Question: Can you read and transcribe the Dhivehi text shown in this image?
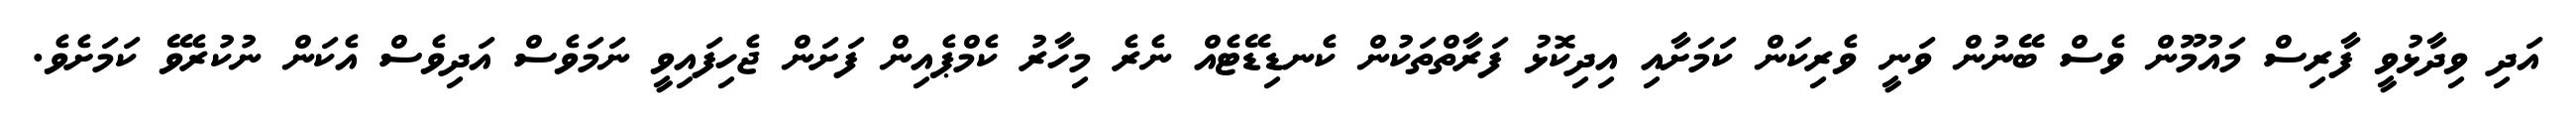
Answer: އަދި ވިދާޅުވީ ފާރިސް މައުމޫން ވެސް ބޭނުން ވަނީ ވެރިކަން ކަމަށާއި އިދިކޮޅު ފަރާތްތަކުން ކެނޑިޑޭޓެއް ނެރެ މިހާރު ކެމްޕެއިން ފަށަން ޖެހިފައިވީ ނަމަވެސް އަދިވެސް އެކަން ނުކުރެވޭ ކަމަށެވެ.